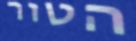
הטור